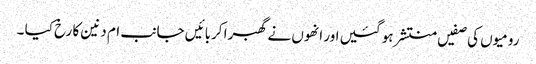
رومیوں کی صفیں منتشر ہو گئیں اور انھوں نے گھبرا کربائیں جانب ام دنین کا رخ کیا ۔